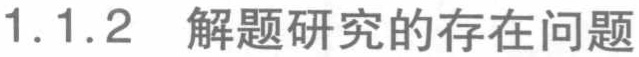
1.1.2 解题研究的存在问题